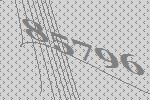
85796